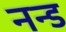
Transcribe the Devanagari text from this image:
नन्ड